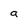
Character: a